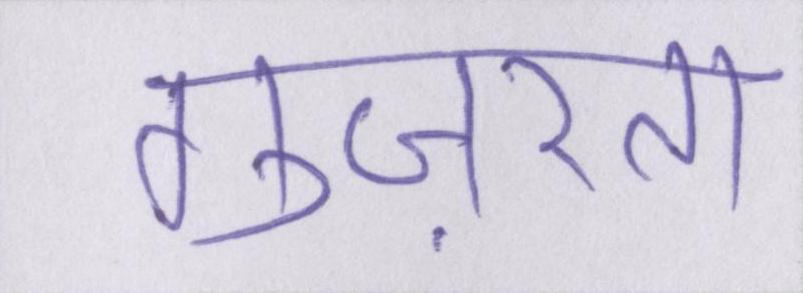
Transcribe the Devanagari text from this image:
गुज़रता